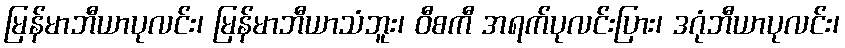
မြန်မာဘီယာပုလင်း၊ မြန်မာဘီယာသံဘူး၊ ဝီစကီ အရက်ပုလင်းပြား၊ ဒဂုံဘီယာပုလင်း၊